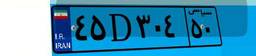
۴۵D۳۰۴۵۰